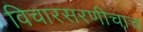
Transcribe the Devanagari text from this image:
विचारसरणीचाच